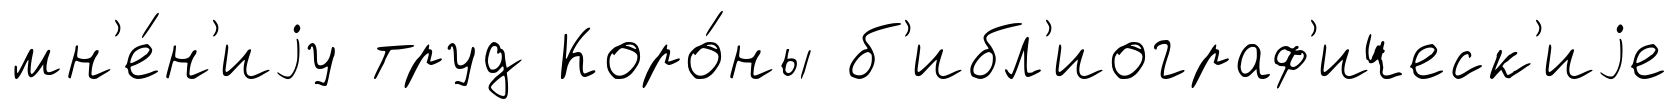
мн'е́н'иjу труд Коро́ны б'ибл'иограф'ическ'иjе